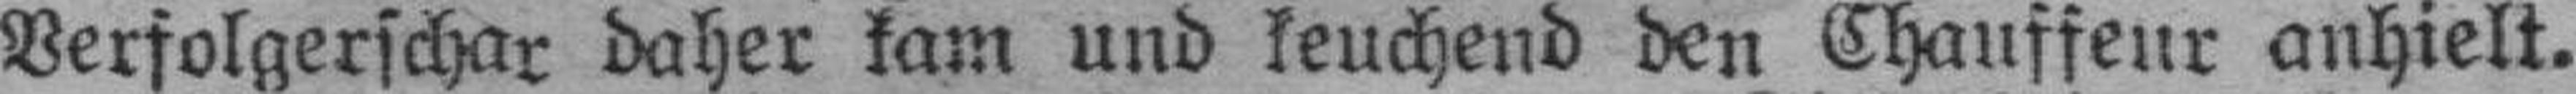
Verfolgerschar daher kam und keuchend den Chauffeur anhielt.